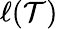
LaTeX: \ell(\mathcal{T})